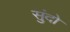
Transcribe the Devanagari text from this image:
सुंदो